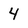
Character: 4